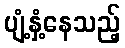
ပျံ့နှံ့နေသည့်